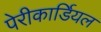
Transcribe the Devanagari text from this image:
पेरीकार्डियल